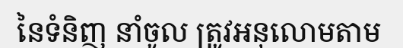
នៃទំនិញ នាំចូល ត្រូវអនុលោមតាម